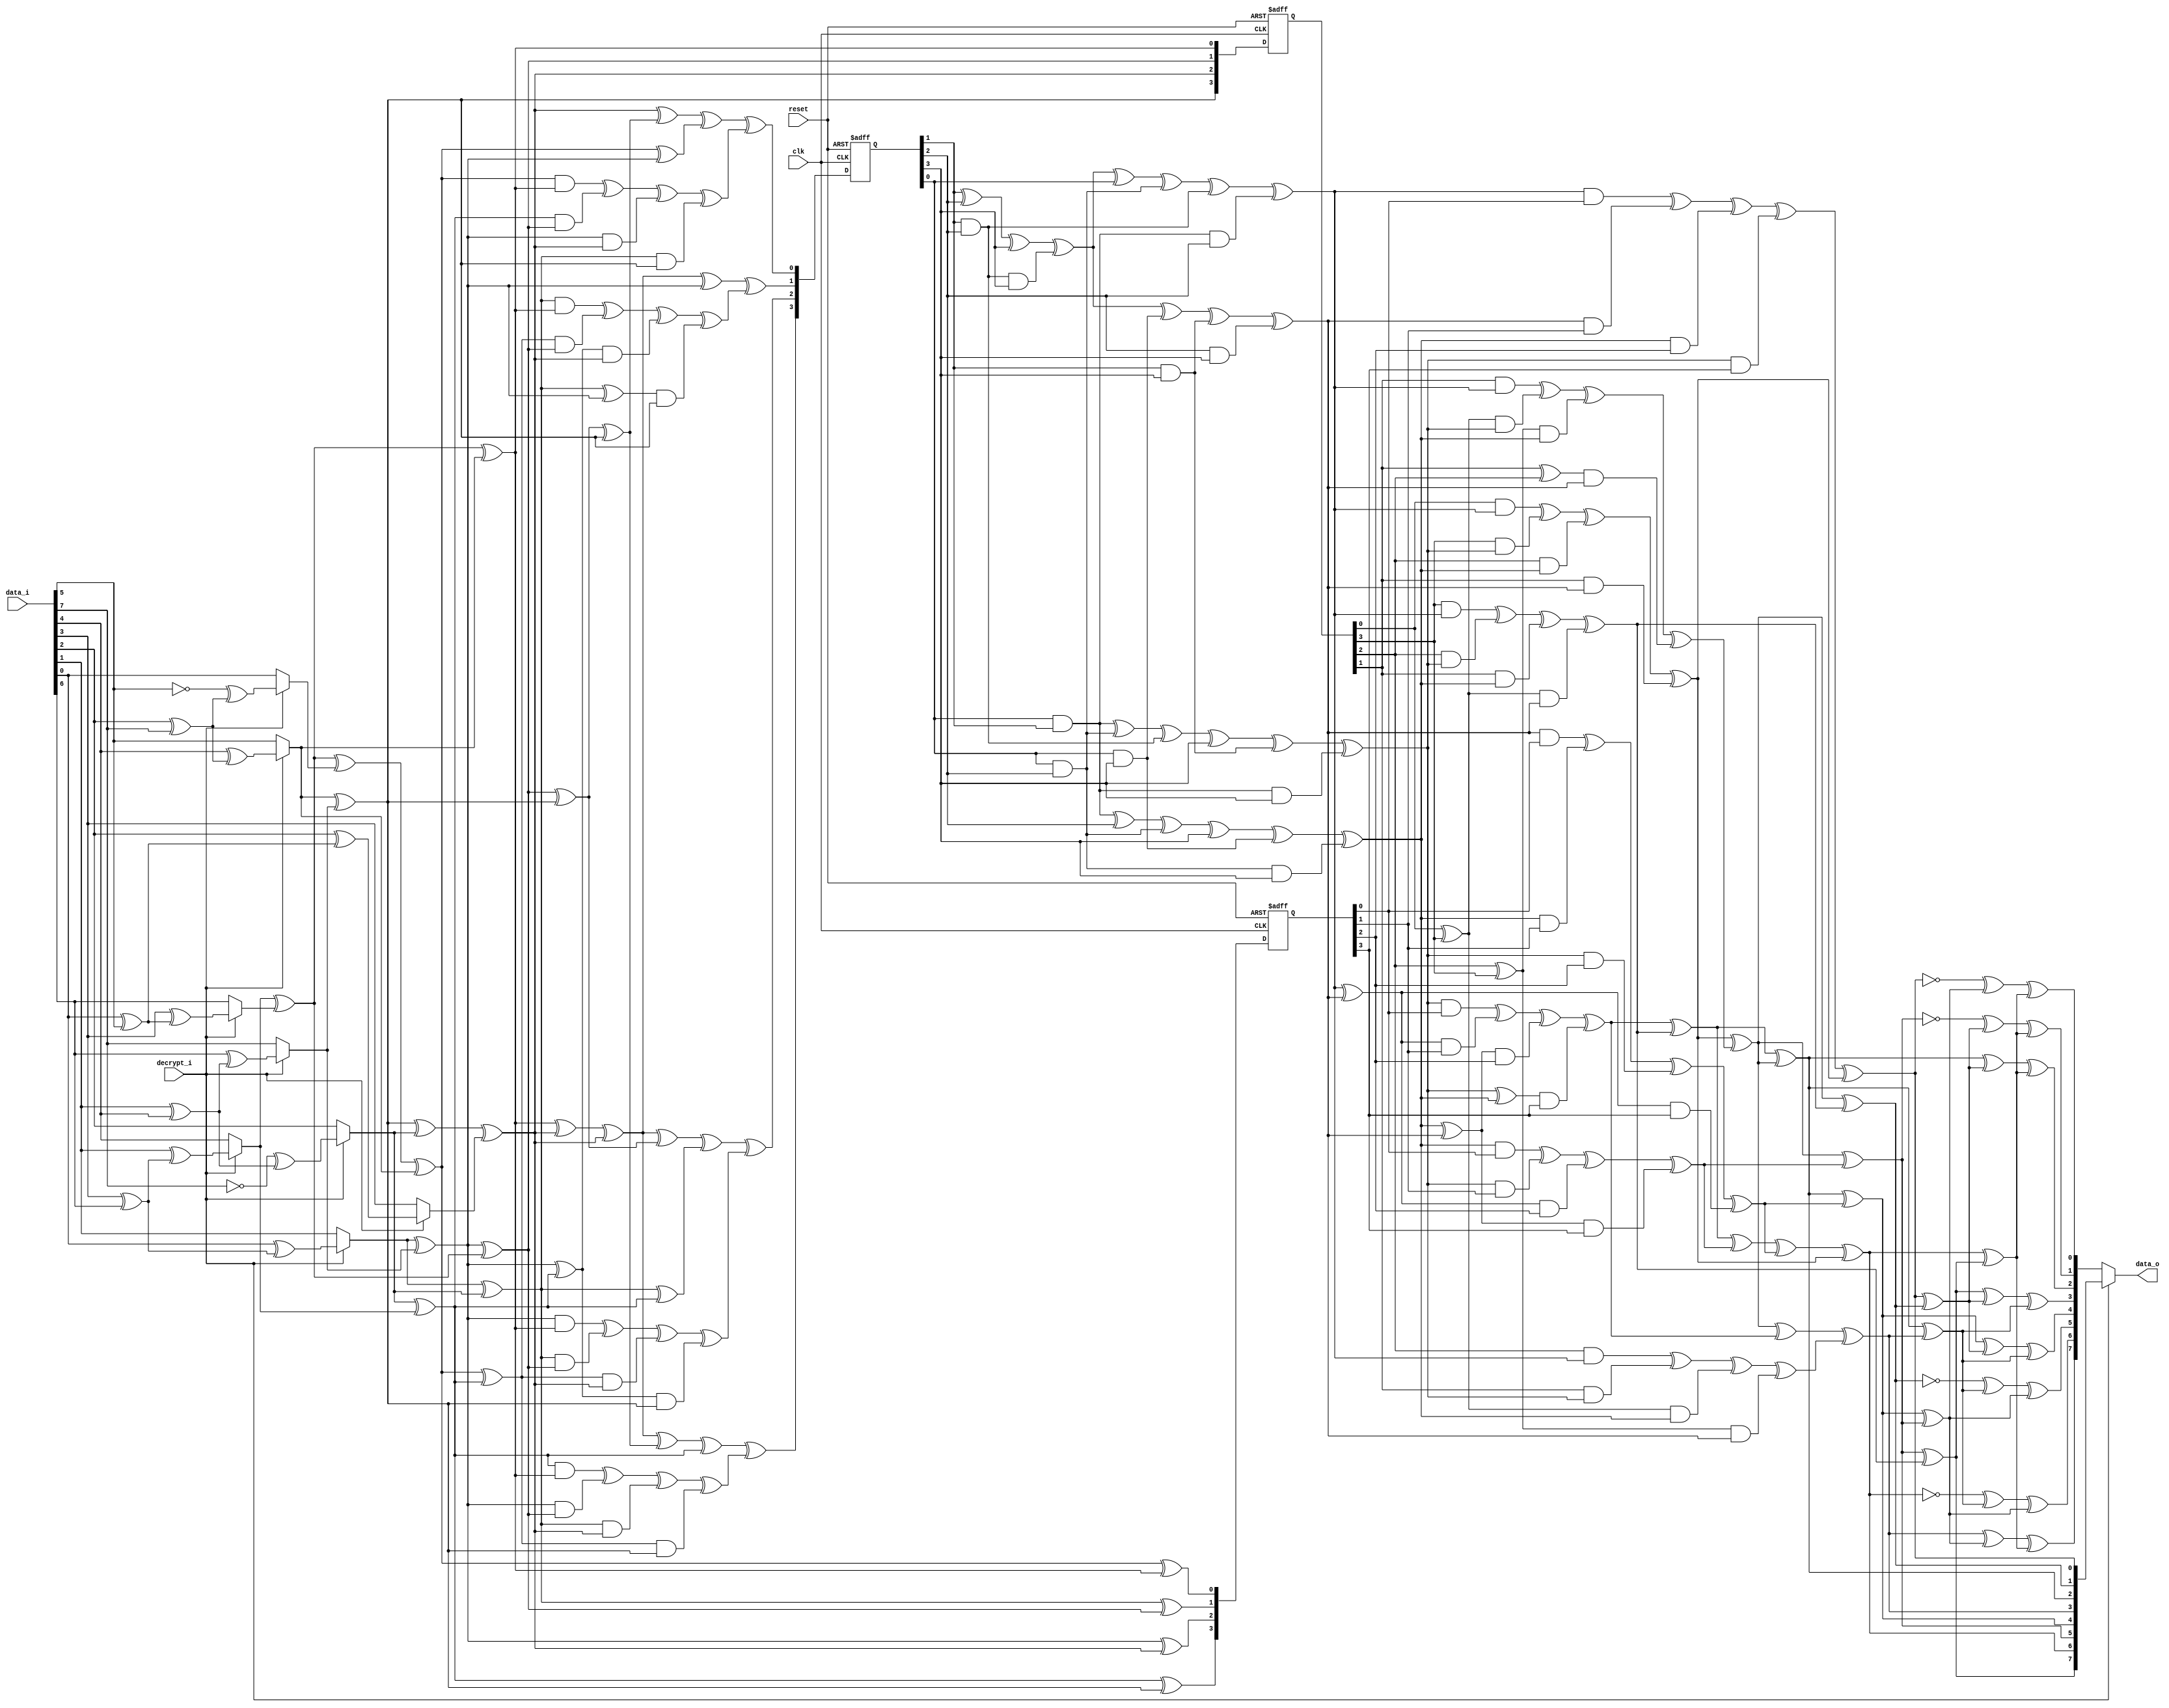
module sbox(clk,reset,data_i,decrypt_i,data_o);
input clk;
input reset;
input [7:0] data_i;
input decrypt_i;
output [7:0] data_o;

reg [7:0] data_o;

reg [7:0] inva;
reg [3:0] ah;
reg [3:0] al;
reg [3:0] ah2;
reg [3:0] al2;
reg [3:0] alxh;
reg [3:0] alph;
reg [3:0] d;
reg [3:0] ahp;
reg [3:0] alp;
reg [3:0] to_invert;
reg [3:0] next_to_invert;
reg [3:0] ah_reg;
reg [3:0] next_ah_reg;
reg [3:0] next_alph;


//registers
always @(posedge clk or negedge reset)
begin

  if(!reset)
  begin
 
    to_invert = (0);
    ah_reg = (0);
    alph = (0);	
  
  end
  else
  begin
    
    to_invert = (next_to_invert);
    ah_reg = (next_ah_reg);
    alph = (next_alph);	

  end

end


//first_mux
reg[7:0] first_mux_data_var;
reg[7:0] first_mux_InvInput;
reg[3:0] first_mux_ah_t,first_mux_al_t;
reg first_mux_aA,first_mux_aB,first_mux_aC,first_mux_aD;
	
always @(data_i or decrypt_i)
begin

  first_mux_data_var=data_i;
  first_mux_InvInput=first_mux_data_var;
	
  case(decrypt_i)
    1:
     begin
      
       //Apply inverse affine trasformation
       first_mux_aA=first_mux_data_var[0]^first_mux_data_var[5];first_mux_aB=first_mux_data_var[1]^first_mux_data_var[4];
       first_mux_aC=first_mux_data_var[2]^first_mux_data_var[7];first_mux_aD=first_mux_data_var[3]^first_mux_data_var[6];
       first_mux_InvInput[0]=(!first_mux_data_var[5])^first_mux_aC;
       first_mux_InvInput[1]=first_mux_data_var[0]^first_mux_aD;
       first_mux_InvInput[2]=(!first_mux_data_var[7])^first_mux_aB;
       first_mux_InvInput[3]=first_mux_data_var[2]^first_mux_aA;
       first_mux_InvInput[4]=first_mux_data_var[1]^first_mux_aD;
       first_mux_InvInput[5]=first_mux_data_var[4]^first_mux_aC;
       first_mux_InvInput[6]=first_mux_data_var[3]^first_mux_aA;
       first_mux_InvInput[7]=first_mux_data_var[6]^first_mux_aB;

     end

   default:
     begin

       first_mux_InvInput=first_mux_data_var;
     
     end

  endcase
	
	
  //Convert elements from GF(2^8)
	
  first_mux_aA=first_mux_InvInput[1]^first_mux_InvInput[7];
  first_mux_aB=first_mux_InvInput[5]^first_mux_InvInput[7];
  first_mux_aC=first_mux_InvInput[4]^first_mux_InvInput[6];
	
  first_mux_al_t[0]=first_mux_aC^first_mux_InvInput[0]^first_mux_InvInput[5];
  first_mux_al_t[1]=first_mux_InvInput[1]^first_mux_InvInput[2];
  first_mux_al_t[2]=first_mux_aA;
  first_mux_al_t[3]=first_mux_InvInput[2]^first_mux_InvInput[4];
	
  first_mux_ah_t[0]=first_mux_aC^first_mux_InvInput[5];
  first_mux_ah_t[1]=first_mux_aA^first_mux_aC;
  first_mux_ah_t[2]=first_mux_aB^first_mux_InvInput[2]^first_mux_InvInput[3];
  first_mux_ah_t[3]=first_mux_aB;

  al = (first_mux_al_t);
  ah = (first_mux_ah_t);
  next_ah_reg = (first_mux_ah_t);
 
end


reg[7:0] end_mux_data_var,end_mux_data_o_var;
reg end_mux_aA,end_mux_aB,end_mux_aC,end_mux_aD;

always @(decrypt_i or inva)
begin

  end_mux_data_var=inva;

  case(decrypt_i)

    0:
     begin

       end_mux_aA=end_mux_data_var[0]^end_mux_data_var[1];end_mux_aB=end_mux_data_var[2]^end_mux_data_var[3];
       end_mux_aC=end_mux_data_var[4]^end_mux_data_var[5];end_mux_aD=end_mux_data_var[6]^end_mux_data_var[7];
       end_mux_data_o_var[0]=(!end_mux_data_var[0])^end_mux_aC^end_mux_aD;
       end_mux_data_o_var[1]=(!end_mux_data_var[5])^end_mux_aA^end_mux_aD;
       end_mux_data_o_var[2]=end_mux_data_var[2]^end_mux_aA^end_mux_aD;
       end_mux_data_o_var[3]=end_mux_data_var[7]^end_mux_aA^end_mux_aB;
       end_mux_data_o_var[4]=end_mux_data_var[4]^end_mux_aA^end_mux_aB;
       end_mux_data_o_var[5]=(!end_mux_data_var[1])^end_mux_aB^end_mux_aC;
       end_mux_data_o_var[6]=(!end_mux_data_var[6])^end_mux_aB^end_mux_aC;
       end_mux_data_o_var[7]=end_mux_data_var[3]^end_mux_aC^end_mux_aD;
 
       data_o = (end_mux_data_o_var);
     end

    default:
     begin

       data_o = (end_mux_data_var);
     end
  endcase

end


reg[3:0] aA,aB;
reg[3:0] inversemap_alp_t,inversemap_ahp_t;
reg[7:0] inversemap_inva_t;

always @(alp or ahp)
begin
	
  inversemap_alp_t=alp;
  inversemap_ahp_t=ahp;
	
  aA=inversemap_alp_t[1]^inversemap_ahp_t[3];
  aB=inversemap_ahp_t[0]^inversemap_ahp_t[1];

  inversemap_inva_t[0]=inversemap_alp_t[0]^inversemap_ahp_t[0];
  inversemap_inva_t[1]=aB^inversemap_ahp_t[3];
  inversemap_inva_t[2]=aA^aB;
  inversemap_inva_t[3]=aB^inversemap_alp_t[1]^inversemap_ahp_t[2];
  inversemap_inva_t[4]=aA^aB^inversemap_alp_t[3];
  inversemap_inva_t[5]=aB^inversemap_alp_t[2];
  inversemap_inva_t[6]=aA^inversemap_alp_t[2]^inversemap_alp_t[3]^inversemap_ahp_t[0];
  inversemap_inva_t[7]=aB^inversemap_alp_t[2]^inversemap_ahp_t[3];

  inva = (inversemap_inva_t);

end

reg[3:0] mul1_alxh_t;
reg[3:0] mul1_aA,mul1_a;

always @(ah or al)
begin

  mul1_aA=al[0]^al[3];
  mul1_a=al[2]^al[3];
	
  mul1_alxh_t[0]=(al[0]&ah[0])^(al[3]&ah[1])^(al[2]&ah[2])^(al[1]&ah[3]);
  mul1_alxh_t[1]=(al[1]&ah[0])^(mul1_aA&ah[1])^(mul1_a&ah[2])^((al[1]^al[2])&ah[3]);
  mul1_alxh_t[2]=(al[2]&ah[0])^(al[1]&ah[1])^(mul1_aA&ah[2])^(mul1_a&ah[3]);
  mul1_alxh_t[3]=(al[3]&ah[0])^(al[2]&ah[1])^(al[1]&ah[2])^(mul1_aA&ah[3]);
	
  alxh = (mul1_alxh_t);

end


reg[3:0] mul2_ahp_t;
reg[3:0] mul2_aA,mul2_aB;

always @(d or ah_reg)
begin

	
  mul2_aA=ah_reg[0]^ah_reg[3];
  mul2_aB=ah_reg[2]^ah_reg[3];
	
  mul2_ahp_t[0]=(ah_reg[0]&d[0])^(ah_reg[3]&d[1])^(ah_reg[2]&d[2])^(ah_reg[1]&d[3]);
  mul2_ahp_t[1]=(ah_reg[1]&d[0])^(mul2_aA&d[1])^(mul2_aB&d[2])^((ah_reg[1]^ah_reg[2])&d[3]);
  mul2_ahp_t[2]=(ah_reg[2]&d[0])^(ah_reg[1]&d[1])^(mul2_aA&d[2])^(mul2_aB&d[3]);
  mul2_ahp_t[3]=(ah_reg[3]&d[0])^(ah_reg[2]&d[1])^(ah_reg[1]&d[2])^(mul2_aA&d[3]);
	
  ahp = (mul2_ahp_t);

end


reg[3:0] mul3_alp_t;
reg[3:0] mul3_aA,mul3_aB;

always @(d or alph)
begin

	
  mul3_aA=d[0]^d[3];
  mul3_aB=d[2]^d[3];

  mul3_alp_t[0]=(d[0]&alph[0])^(d[3]&alph[1])^(d[2]&alph[2])^(d[1]&alph[3]);
  mul3_alp_t[1]=(d[1]&alph[0])^(mul3_aA&alph[1])^(mul3_aB&alph[2])^((d[1]^d[2])&alph[3]);
  mul3_alp_t[2]=(d[2]&alph[0])^(d[1]&alph[1])^(mul3_aA&alph[2])^(mul3_aB&alph[3]);
  mul3_alp_t[3]=(d[3]&alph[0])^(d[2]&alph[1])^(d[1]&alph[2])^(mul3_aA&alph[3]);
	
  alp = (mul3_alp_t);

end


reg[3:0] intermediate_aA,intermediate_aB;
reg[3:0] intermediate_ah2e,intermediate_ah2epl2,intermediate_to_invert_var;
	
always @(ah2 or al2 or alxh)
begin

  intermediate_aA=ah2[0]^ah2[1];
  intermediate_aB=ah2[2]^ah2[3];
  intermediate_ah2e[0]=ah2[1]^intermediate_aB;
  intermediate_ah2e[1]=intermediate_aA;
  intermediate_ah2e[2]=intermediate_aA^ah2[2];
  intermediate_ah2e[3]=intermediate_aA^intermediate_aB;

  intermediate_ah2epl2[0]=intermediate_ah2e[0]^al2[0];
  intermediate_ah2epl2[1]=intermediate_ah2e[1]^al2[1];
  intermediate_ah2epl2[2]=intermediate_ah2e[2]^al2[2];
  intermediate_ah2epl2[3]=intermediate_ah2e[3]^al2[3];

  intermediate_to_invert_var[0]=intermediate_ah2epl2[0]^alxh[0];
  intermediate_to_invert_var[1]=intermediate_ah2epl2[1]^alxh[1];
  intermediate_to_invert_var[2]=intermediate_ah2epl2[2]^alxh[2];
  intermediate_to_invert_var[3]=intermediate_ah2epl2[3]^alxh[3];

  next_to_invert = (intermediate_to_invert_var);

end


reg[3:0] inversion_to_invert_var;
reg[3:0] inversion_aA,inversion_d_t;
	
always @(to_invert)
begin

  inversion_to_invert_var=to_invert;

  inversion_aA=inversion_to_invert_var[1]^inversion_to_invert_var[2]^inversion_to_invert_var[3]^(inversion_to_invert_var[1]&inversion_to_invert_var[2]&inversion_to_invert_var[3]);
  inversion_d_t[0]=inversion_aA^inversion_to_invert_var[0]^(inversion_to_invert_var[0]&inversion_to_invert_var[2])^(inversion_to_invert_var[1]&inversion_to_invert_var[2])^(inversion_to_invert_var[0]&inversion_to_invert_var[1]&inversion_to_invert_var[2]);
  inversion_d_t[1]=(inversion_to_invert_var[0]&inversion_to_invert_var[1])^(inversion_to_invert_var[0]&inversion_to_invert_var[2])^(inversion_to_invert_var[1]&inversion_to_invert_var[2])^inversion_to_invert_var[3]^(inversion_to_invert_var[1]&inversion_to_invert_var[3])^(inversion_to_invert_var[0]&inversion_to_invert_var[1]&inversion_to_invert_var[3]);
  inversion_d_t[2]=(inversion_to_invert_var[0]&inversion_to_invert_var[1])^inversion_to_invert_var[2]^(inversion_to_invert_var[0]&inversion_to_invert_var[2])^inversion_to_invert_var[3]^(inversion_to_invert_var[0]&inversion_to_invert_var[3])^(inversion_to_invert_var[0]&inversion_to_invert_var[2]&inversion_to_invert_var[3]);
  inversion_d_t[3]=inversion_aA^(inversion_to_invert_var[0]&inversion_to_invert_var[3])^(inversion_to_invert_var[1]&inversion_to_invert_var[3])^(inversion_to_invert_var[2]&inversion_to_invert_var[3]);

  d = (inversion_d_t);

end


reg[3:0] sum1_alph_t;
	
always @(ah or al)
begin
	
  sum1_alph_t[0]=al[0]^ah[0];
  sum1_alph_t[1]=al[1]^ah[1];
  sum1_alph_t[2]=al[2]^ah[2];
  sum1_alph_t[3]=al[3]^ah[3];
	
  next_alph = (sum1_alph_t);

end


reg[3:0] square1_ah_t;
	
always @(ah)
begin
	
  square1_ah_t[0]=ah[0]^ah[2];
  square1_ah_t[1]=ah[2];
  square1_ah_t[2]=ah[1]^ah[3];
  square1_ah_t[3]=ah[3];
	
  ah2 = (square1_ah_t);

end


reg[3:0] square2_al_t;
	
always @(al)
begin
	
  square2_al_t[0]=al[0]^al[2];
  square2_al_t[1]=al[2];
  square2_al_t[2]=al[1]^al[3];
  square2_al_t[3]=al[3];

  al2 = (square2_al_t);

end

endmodule